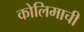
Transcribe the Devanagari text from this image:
कोलिमाची